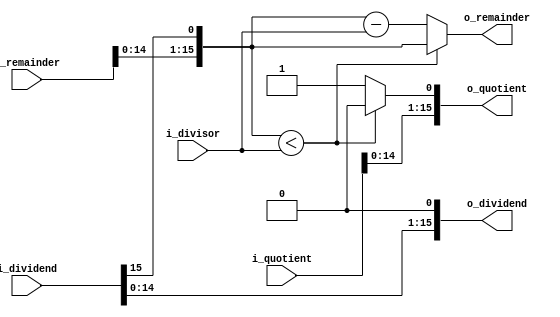
/* Nickhil Nabar, nnabar, 72435097 */

`timescale 1ns / 1ps

/* Prevent implicit wire declaration
 *
 * This directive will cause Vivado to give an error if you
 * haven't declared a wire (including if you have a typo.
 * 
 * The price you pay for this is that you have to write
 * "input wire" and "output wire" for all your ports
 * instead of just "input" and "output".
 * 
 * All the provided infrastructure code has been updated.
 */
`default_nettype none

module lc4_divider_one_iter(input  wire [15:0] i_dividend,
                            input  wire [15:0] i_divisor,
                            input  wire [15:0] i_remainder,
                            input  wire [15:0] i_quotient, 
                            output wire [15:0] o_dividend,
                            output wire [15:0] o_remainder,
                            output wire [15:0] o_quotient);
   
   wire [15:0] new_remainder = {i_remainder[14:0], i_dividend[15]};
   wire [15:0] if_quotient = {i_quotient[14:0], 1'd0};
   wire [15:0] else_quotient = {i_quotient[14:0], 1'd1};
   wire [15:0] else_remainder = new_remainder - i_divisor;
   
   assign o_quotient = (new_remainder < i_divisor) ? if_quotient : else_quotient;
   assign o_remainder = (new_remainder < i_divisor) ? new_remainder : else_remainder;
   assign o_dividend = {i_dividend[14:0], 1'd0};
   
endmodule

module lc4_divider(input  wire [15:0] i_dividend,
                   input  wire [15:0] i_divisor,
                   output wire [15:0] o_remainder,
                   output wire [15:0] o_quotient);
                   
    wire [15:0] dividend_1;
    wire [15:0] remainder_1;
    wire [15:0] quotient_1;
    wire [15:0] dividend_2;
    wire [15:0] remainder_2;
    wire [15:0] quotient_2;
    wire [15:0] dividend_3;
    wire [15:0] remainder_3;
    wire [15:0] quotient_3;
    wire [15:0] dividend_4;
    wire [15:0] remainder_4;
    wire [15:0] quotient_4;
    wire [15:0] dividend_5;
    wire [15:0] remainder_5;
    wire [15:0] quotient_5;
    wire [15:0] dividend_6;
    wire [15:0] remainder_6;
    wire [15:0] quotient_6;
    wire [15:0] dividend_7;
    wire [15:0] remainder_7;
    wire [15:0] quotient_7;
    wire [15:0] dividend_8;
    wire [15:0] remainder_8;
    wire [15:0] quotient_8;
    wire [15:0] dividend_9;
    wire [15:0] remainder_9;
    wire [15:0] quotient_9;
    wire [15:0] dividend_10;
    wire [15:0] remainder_10;
    wire [15:0] quotient_10;
    wire [15:0] dividend_11;
    wire [15:0] remainder_11;
    wire [15:0] quotient_11;
    wire [15:0] dividend_12;
    wire [15:0] remainder_12;
    wire [15:0] quotient_12;
    wire [15:0] dividend_13;
    wire [15:0] remainder_13;
    wire [15:0] quotient_13;
    wire [15:0] dividend_14;
    wire [15:0] remainder_14;
    wire [15:0] quotient_14;
    wire [15:0] dividend_15;
    wire [15:0] remainder_15;
    wire [15:0] quotient_15;
    wire [15:0] dividend_16;
    wire [15:0] remainder_16;
    wire [15:0] quotient_16;
    
    lc4_divider_one_iter iter_1(.i_dividend(i_dividend), .i_divisor(i_divisor), .i_remainder(16'd0), .i_quotient(16'd0), .o_dividend(dividend_1), .o_remainder(remainder_1), .o_quotient(quotient_1));
    lc4_divider_one_iter iter_2(.i_dividend(dividend_1), .i_divisor(i_divisor), .i_remainder(remainder_1), .i_quotient(quotient_1), .o_dividend(dividend_2), .o_remainder(remainder_2), .o_quotient(quotient_2));
    lc4_divider_one_iter iter_3(.i_dividend(dividend_2), .i_divisor(i_divisor), .i_remainder(remainder_2), .i_quotient(quotient_2), .o_dividend(dividend_3), .o_remainder(remainder_3), .o_quotient(quotient_3));
    lc4_divider_one_iter iter_4(.i_dividend(dividend_3), .i_divisor(i_divisor), .i_remainder(remainder_3), .i_quotient(quotient_3), .o_dividend(dividend_4), .o_remainder(remainder_4), .o_quotient(quotient_4));
    lc4_divider_one_iter iter_5(.i_dividend(dividend_4), .i_divisor(i_divisor), .i_remainder(remainder_4), .i_quotient(quotient_4), .o_dividend(dividend_5), .o_remainder(remainder_5), .o_quotient(quotient_5));
    lc4_divider_one_iter iter_6(.i_dividend(dividend_5), .i_divisor(i_divisor), .i_remainder(remainder_5), .i_quotient(quotient_5), .o_dividend(dividend_6), .o_remainder(remainder_6), .o_quotient(quotient_6));
    lc4_divider_one_iter iter_7(.i_dividend(dividend_6), .i_divisor(i_divisor), .i_remainder(remainder_6), .i_quotient(quotient_6), .o_dividend(dividend_7), .o_remainder(remainder_7), .o_quotient(quotient_7));
    lc4_divider_one_iter iter_8(.i_dividend(dividend_7), .i_divisor(i_divisor), .i_remainder(remainder_7), .i_quotient(quotient_7), .o_dividend(dividend_8), .o_remainder(remainder_8), .o_quotient(quotient_8));
    lc4_divider_one_iter iter_9(.i_dividend(dividend_8), .i_divisor(i_divisor), .i_remainder(remainder_8), .i_quotient(quotient_8), .o_dividend(dividend_9), .o_remainder(remainder_9), .o_quotient(quotient_9));
    lc4_divider_one_iter iter_10(.i_dividend(dividend_9), .i_divisor(i_divisor), .i_remainder(remainder_9), .i_quotient(quotient_9), .o_dividend(dividend_10), .o_remainder(remainder_10), .o_quotient(quotient_10));
    lc4_divider_one_iter iter_11(.i_dividend(dividend_10), .i_divisor(i_divisor), .i_remainder(remainder_10), .i_quotient(quotient_10), .o_dividend(dividend_11), .o_remainder(remainder_11), .o_quotient(quotient_11));
    lc4_divider_one_iter iter_12(.i_dividend(dividend_11), .i_divisor(i_divisor), .i_remainder(remainder_11), .i_quotient(quotient_11), .o_dividend(dividend_12), .o_remainder(remainder_12), .o_quotient(quotient_12));
    lc4_divider_one_iter iter_13(.i_dividend(dividend_12), .i_divisor(i_divisor), .i_remainder(remainder_12), .i_quotient(quotient_12), .o_dividend(dividend_13), .o_remainder(remainder_13), .o_quotient(quotient_13));
    lc4_divider_one_iter iter_14(.i_dividend(dividend_13), .i_divisor(i_divisor), .i_remainder(remainder_13), .i_quotient(quotient_13), .o_dividend(dividend_14), .o_remainder(remainder_14), .o_quotient(quotient_14));
    lc4_divider_one_iter iter_15(.i_dividend(dividend_14), .i_divisor(i_divisor), .i_remainder(remainder_14), .i_quotient(quotient_14), .o_dividend(dividend_15), .o_remainder(remainder_15), .o_quotient(quotient_15));
    lc4_divider_one_iter iter_16(.i_dividend(dividend_15), .i_divisor(i_divisor), .i_remainder(remainder_15), .i_quotient(quotient_15), .o_dividend(dividend_16), .o_remainder(remainder_16), .o_quotient(quotient_16));
    
    assign o_remainder = (i_divisor == 0) ? 16'd0 : remainder_16;
    assign o_quotient = (i_divisor == 0) ? 16'd0 : quotient_16;

endmodule